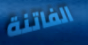
الفاتنة